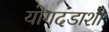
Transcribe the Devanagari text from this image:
योगदंडाशी